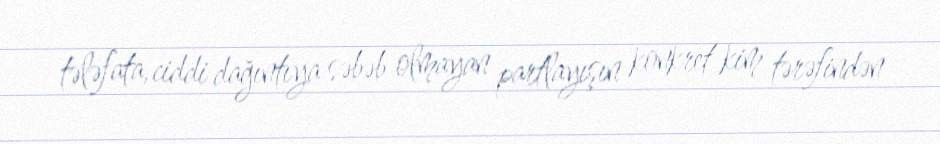
tələfata, ciddi dağıntıya səbəb olmayan partlayışın konkret kim tərəfindən